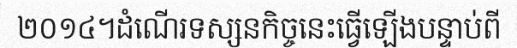
២០១៤។ដំណើរទស្សនកិច្ចនេះធ្វើឡើងបន្ទាប់ពី